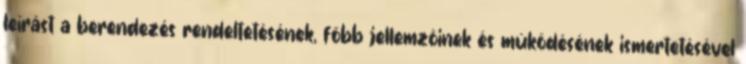
leírást a berendezés rendeltetésének, fõbb jellemzõinek és mûködésének ismertetésével